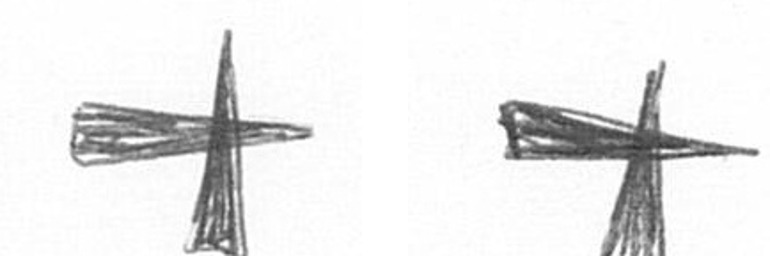
G G